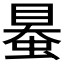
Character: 𧌪